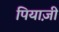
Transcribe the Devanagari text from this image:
पियाज़ी